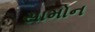
સામોન